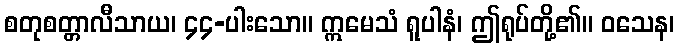
စတုစတ္တာလီသာယ၊ ၄၄-ပါးသော။ ဣမေသံ ရူပါနံ၊ ဤရုပ်တို့၏။ ဝသေန၊